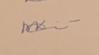
Signature authenticity: genuine